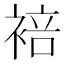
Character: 𬡣